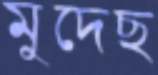
মুদেছ